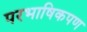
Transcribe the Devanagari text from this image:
परभाषिकपण